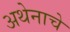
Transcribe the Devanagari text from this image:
अथेनाचे